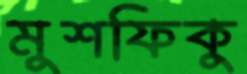
মুশফিকু